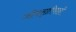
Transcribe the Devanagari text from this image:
जीवसृष्टीचाही